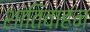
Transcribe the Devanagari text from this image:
शांतिवाहन